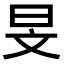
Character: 旻